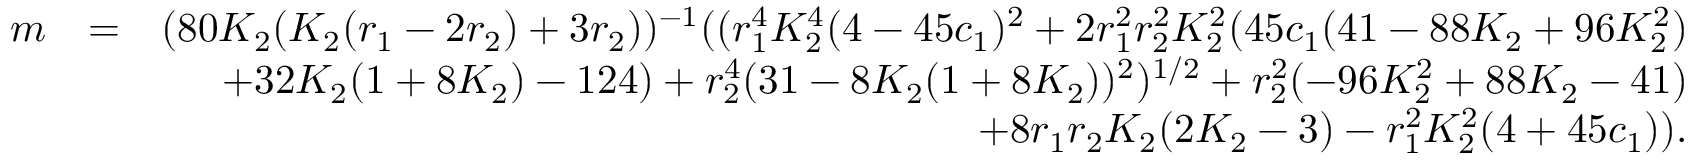
\begin{array} { r l r } { m } & { = } & { ( 8 0 K _ { 2 } ( K _ { 2 } ( r _ { 1 } - 2 r _ { 2 } ) + 3 r _ { 2 } ) ) ^ { - 1 } ( ( r _ { 1 } ^ { 4 } K _ { 2 } ^ { 4 } ( 4 - 4 5 c _ { 1 } ) ^ { 2 } + 2 r _ { 1 } ^ { 2 } r _ { 2 } ^ { 2 } K _ { 2 } ^ { 2 } ( 4 5 c _ { 1 } ( 4 1 - 8 8 K _ { 2 } + 9 6 K _ { 2 } ^ { 2 } ) } \\ & { } & { + 3 2 K _ { 2 } ( 1 + 8 K _ { 2 } ) - 1 2 4 ) + r _ { 2 } ^ { 4 } ( 3 1 - 8 K _ { 2 } ( 1 + 8 K _ { 2 } ) ) ^ { 2 } ) ^ { 1 / 2 } + r _ { 2 } ^ { 2 } ( - 9 6 K _ { 2 } ^ { 2 } + 8 8 K _ { 2 } - 4 1 ) } \\ & { } & { + 8 r _ { 1 } r _ { 2 } K _ { 2 } ( 2 K _ { 2 } - 3 ) - r _ { 1 } ^ { 2 } K _ { 2 } ^ { 2 } ( 4 + 4 5 c _ { 1 } ) ) . } \end{array}